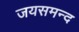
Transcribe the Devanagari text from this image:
जयसमन्‍द